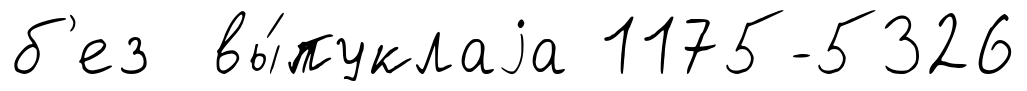
б'ез вы́пуклаjа 1175-5326